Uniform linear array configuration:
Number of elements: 32
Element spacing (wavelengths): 0.75
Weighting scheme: blackman
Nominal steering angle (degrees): -30
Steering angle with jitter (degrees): -31.868
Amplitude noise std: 0.05
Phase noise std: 0.05

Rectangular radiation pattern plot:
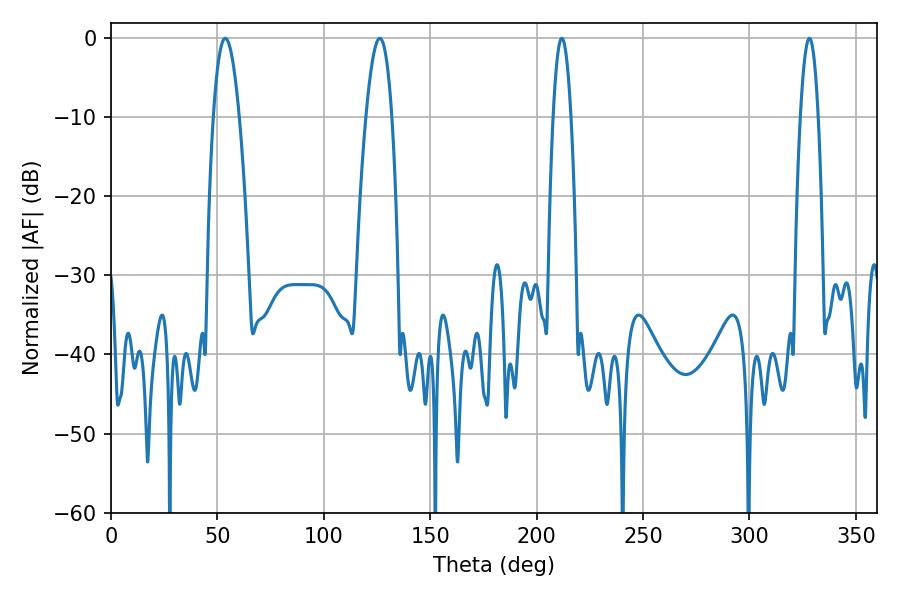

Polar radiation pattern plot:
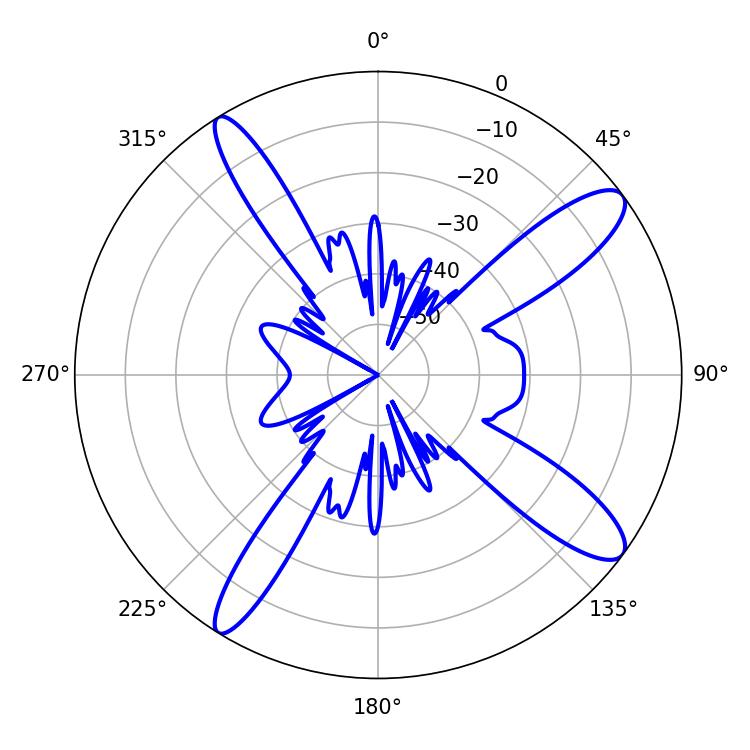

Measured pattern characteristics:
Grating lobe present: TRUE
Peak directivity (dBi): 12.531
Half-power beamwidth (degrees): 4.68
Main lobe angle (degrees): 211.86